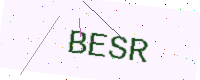
Text: BESR